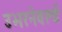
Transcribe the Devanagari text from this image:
उभरनेवर्ल्ड